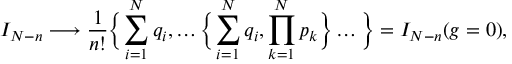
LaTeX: I _ { N - n } \longrightarrow \frac { 1 } { n ! } \biggl \{ \sum _ { i = 1 } ^ { N } q _ { i } , \dots \biggl \{ \sum _ { i = 1 } ^ { N } q _ { i } , \prod _ { k = 1 } ^ { N } p _ { k } \biggr \} \dots \biggr \} = I _ { N - n } ( g = 0 ) ,